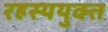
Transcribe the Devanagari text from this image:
रहस्‍ययुक्त